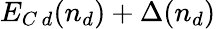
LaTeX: E_{C\, d}(n_{d})+\Delta(n_{d})